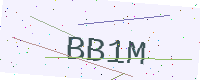
Text: BB1M